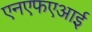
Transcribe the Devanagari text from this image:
एनएफएआई